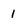
Character: I